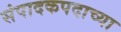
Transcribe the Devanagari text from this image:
संपादकपदाच्या